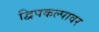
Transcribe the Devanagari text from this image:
द्विपकल्पावर